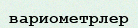
вариометрлер